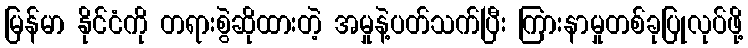
မြန်မာ နိုင်ငံကို တရားစွဲဆိုထားတဲ့ အမှုနဲ့ပတ်သက်ပြီး ကြားနာမှုတစ်ခုပြုလုပ်ဖို့